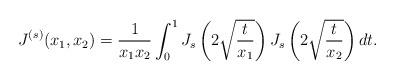
LaTeX: \begin{align*} J^{(s)} (x_1,x_2) = \frac{1}{x_1x_2} \int_0^1 J_s\left(2\sqrt{\frac{t}{x_1}}\right) J_s\left(2\sqrt{\frac{t}{x_2}}\right)dt .\end{align*}